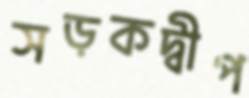
সড়কদ্বীপ